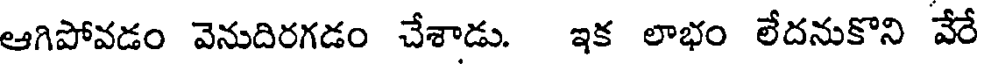
ఆగిపోవడం వెనుదిరగడం చేశాడు. ఇక లాభం లేదనుకొని వేరే